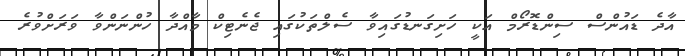
އާދެ ޑައުންސް ސިންޑޮރޯމް އަކީ ހަށިގަނޑުގައިވާ ސެލްތަކުގައި ޖެނެޓިކް މާއްދާ ހުންނަންވާ ވަރަށްވުރެ